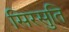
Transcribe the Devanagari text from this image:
सिरसुति